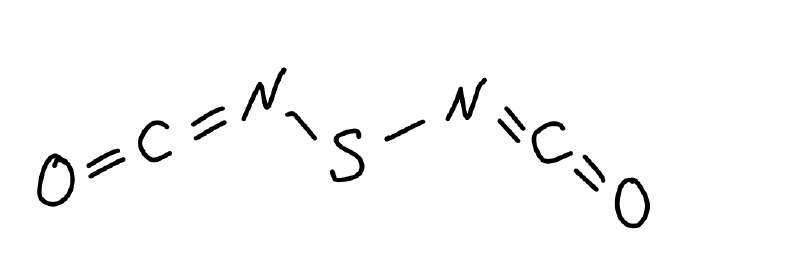
Simplified molecular-input line-entry system (SMILES) notation of the given molecule:
C(=NSN=C=O)=O